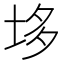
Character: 垑